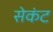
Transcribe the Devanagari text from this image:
सेकंट